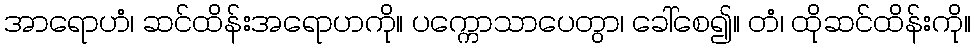
အာရောဟံ၊ ဆင်ထိန်းအရောဟကို။ ပက္ကောသာပေတွာ၊ ခေါ်စေ၍။ တံ၊ ထိုဆင်ထိန်းကို။